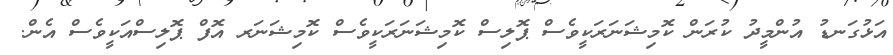
އަޅުގަނޑު އުންމީދު ކުރަން ކޮމިޝަނަރަކީވެސް ޕޮލިސް ކޮމިޝަނަރަކީވެސް ކޮމިޝަނަރ އޮފް ޕޮލިސްއަކީވެސް އެން.